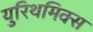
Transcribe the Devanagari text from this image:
युरिथमिक्स